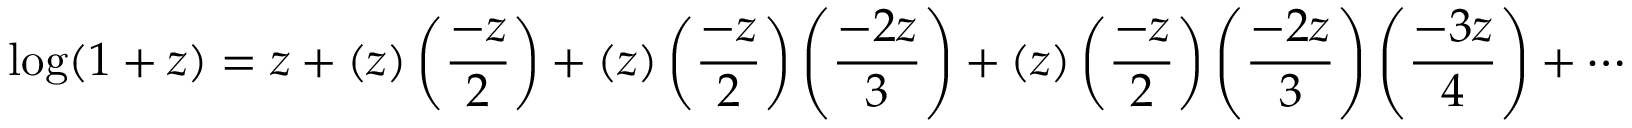
\log ( 1 + z ) = z + ( z ) \left( { \frac { - z } { 2 } } \right) + ( z ) \left( { \frac { - z } { 2 } } \right) \left( { \frac { - 2 z } { 3 } } \right) + ( z ) \left( { \frac { - z } { 2 } } \right) \left( { \frac { - 2 z } { 3 } } \right) \left( { \frac { - 3 z } { 4 } } \right) + \cdots